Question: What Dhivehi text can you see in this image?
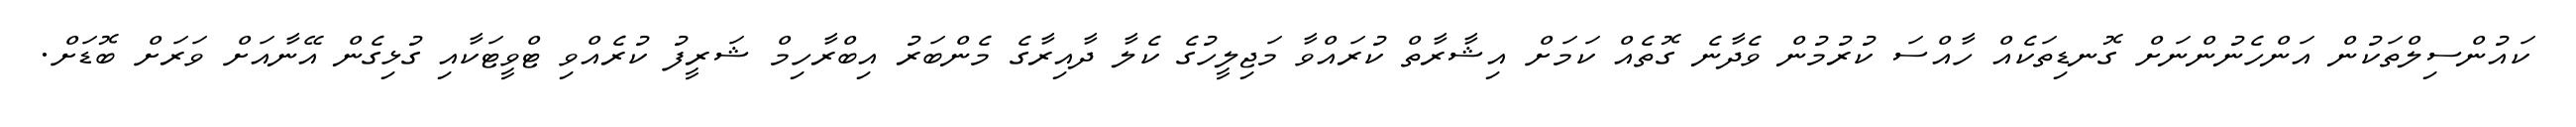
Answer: ކައުންސިލްތަކުން އަންހެނުންނަށް ގޮނޑިތަކެއް ހާއްސަ ކުރުމުން ވެދާނެ ގޮތެއް ކަމަށް އިޝާރާތް ކުރައްވާ މަޖިލީހުގެ ކެލާ ދާއިރާގެ މެންބަރު އިބްރާހިމް ޝަރީފު ކުރެއްވި ޓްވީޓަކާއި ގުޅިގެން އޭނާއަށް ވަރަށް ބޮޑަށް.